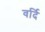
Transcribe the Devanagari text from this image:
वर्दि